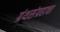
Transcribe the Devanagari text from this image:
ग्रंथसंग्रहाचा